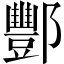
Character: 酆